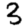
Digit: 3